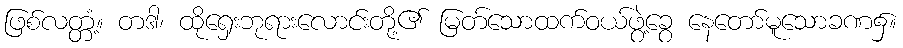
ဖြစ်လတ္တံ့။ တဒါ၊ ထိုရှေးဘုရားလောင်းတို့၏ မြတ်သောထက်ဝယ်ဖွဲ့ခွေ နေတော်မူသောခဏ၌။